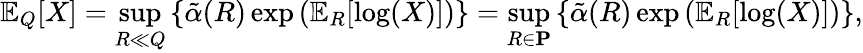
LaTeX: \operatorname{\mathbb{E}}_{Q}[X]=\operatorname*{sup}_{R\ll Q}\left\{ \tilde{\alpha}(R)\exp\left(\operatorname{\mathbb{E}}_{R}[\log(X)]\right)\right\} =\operatorname*{sup}_{R\in\mathbf{P}}\left\{ \tilde{\alpha}(R)\exp\left(\operatorname{\mathbb{E}}_{R}[\log(X)]\right)\right\} ,